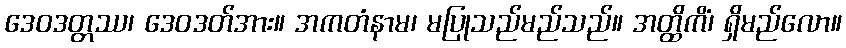
ဒေဝဒတ္တဿ၊ ဒေဝဒတ်အား။ အကတံနာမ၊ မပြုသည်မည်သည်။ အတ္ထိကိံ၊ ရှိမည်လော။